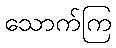
သောက်ကြ